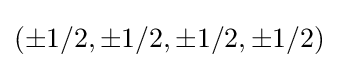
(\pm 1/2,\pm 1/2,\pm 1/2,\pm 1/2)